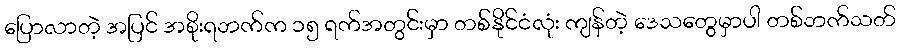
ပြောလာတဲ့ အပြင် အစိုးရဘက်က ၁၅ ရက်အတွင်းမှာ တစ်နိုင်ငံလုံး ကျန်တဲ့ ဒေသတွေမှာပါ တစ်ဘက်သတ်